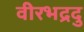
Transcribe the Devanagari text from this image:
वीरभद्रदु